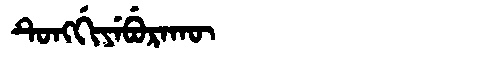
Manchu: ᡨᡠᠩᡤᡳᠶᡝᠪᡠᡵᠠᡴᡡ
Romanization: TUNGGIYEBURAKŪ